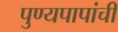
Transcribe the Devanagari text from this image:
पुण्यपापांची